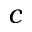
c